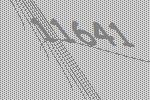
11641